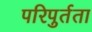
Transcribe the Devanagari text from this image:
परिपुर्तता